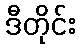
ဒီတိုင်း